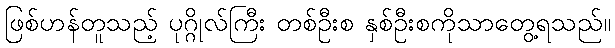
ဖြစ်ဟန်တူသည့် ပုဂ္ဂိုလ်ကြီး တစ်ဦးစ နှစ်ဦးစကိုသာတွေ့ရသည်။